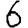
Digit: 6